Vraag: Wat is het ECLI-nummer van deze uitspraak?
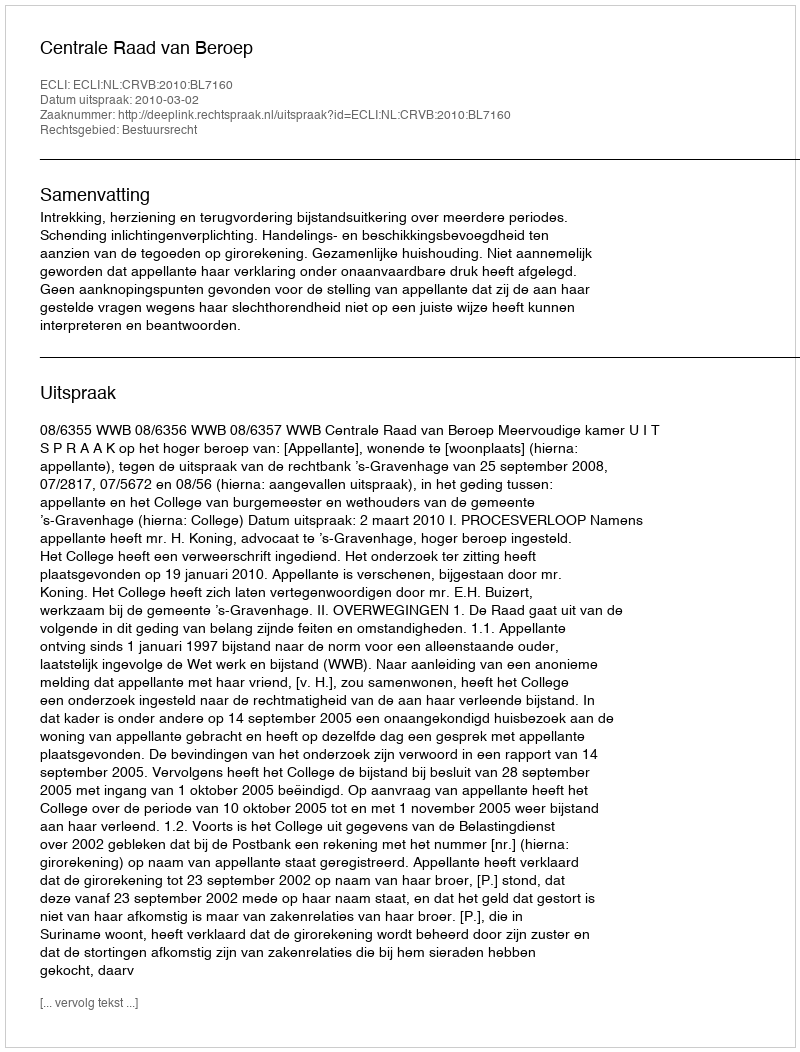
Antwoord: ECLI:NL:CRVB:2010:BL7160